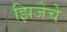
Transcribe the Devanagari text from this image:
झिजेचे